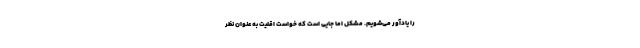
را یادآور می‌شویم. مشکل اما جایی است که خواست اقلیت به عنوان نظر